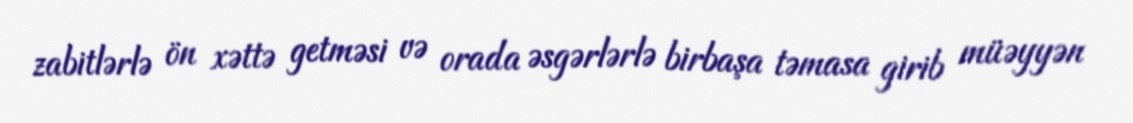
zabitlərlə ön xəttə getməsi və orada əsgərlərlə birbaşa təmasa girib müəyyən